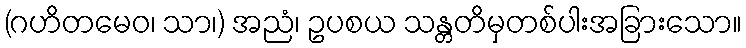
(ဂဟိတမေဝ၊ သာ၊) အညံ၊ ဥပစယ သန္တတိမှတစ်ပါးအခြားသော။